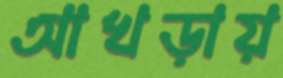
আখড়ায়